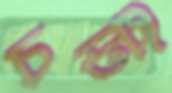
চটি